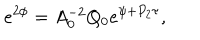
LaTeX: e ^ { 2 \phi } = A _ { 0 } ^ { - 2 } Q _ { 0 } e ^ { \psi + P _ { 2 } \tau } ,